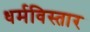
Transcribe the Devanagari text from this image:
धर्मविस्तार